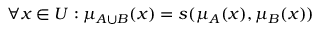
\forall x \in { U } : \mu _ { A \cup { B } } ( x ) = s ( \mu _ { A } ( x ) , \mu _ { B } ( x ) )